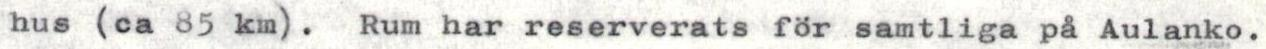
hus (ca 85 km). Rum har reserverats för samtliga på Aulanko.